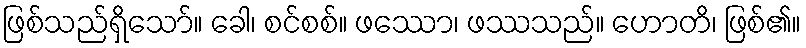
ဖြစ်သည်ရှိသော်။ ခေါ၊ စင်စစ်။ ဖဿော၊ ဖဿသည်။ ဟောတိ၊ ဖြစ်၏။